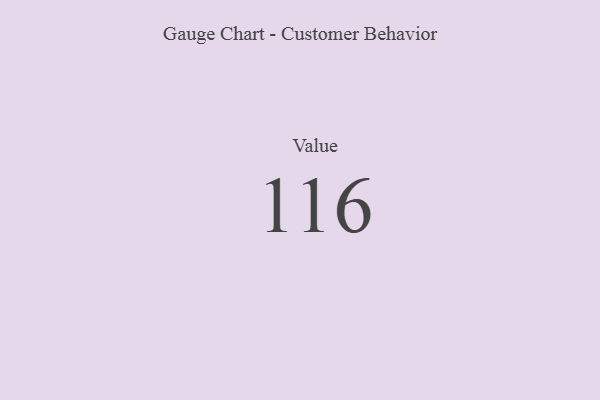
{"axis": {"x": "Metric", "y": "Value"}, "legend": [""], "data": [{"x": "Value", "y": 116, "type": ""}]}